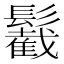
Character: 䰏